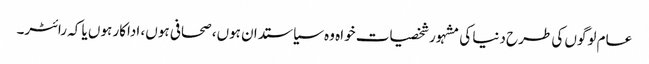
عام لوگوں کی طرح دنیا کی مشہور شخصیات خواہ وہ سیاستدان ہوں، صحافی ہوں، اداکار ہوں یا کہ رائٹر۔